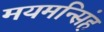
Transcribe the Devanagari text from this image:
मयमन्सिंह